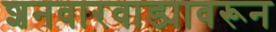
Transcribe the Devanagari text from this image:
शनवारवाड्यावरून